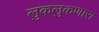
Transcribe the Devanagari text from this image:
लुकलुकणारा